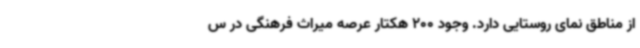
از مناطق نمای روستایی دارد. وجود 200 هکتار عرصه میراث فرهنگی در س